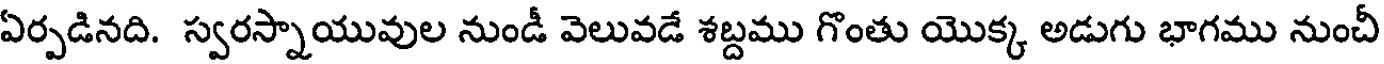
ఏర్పడినది. స్వరస్నాయువుల నుండీ వెలువడే శబ్దము గొంతు యొక్క అడుగు భాగము నుంచీ